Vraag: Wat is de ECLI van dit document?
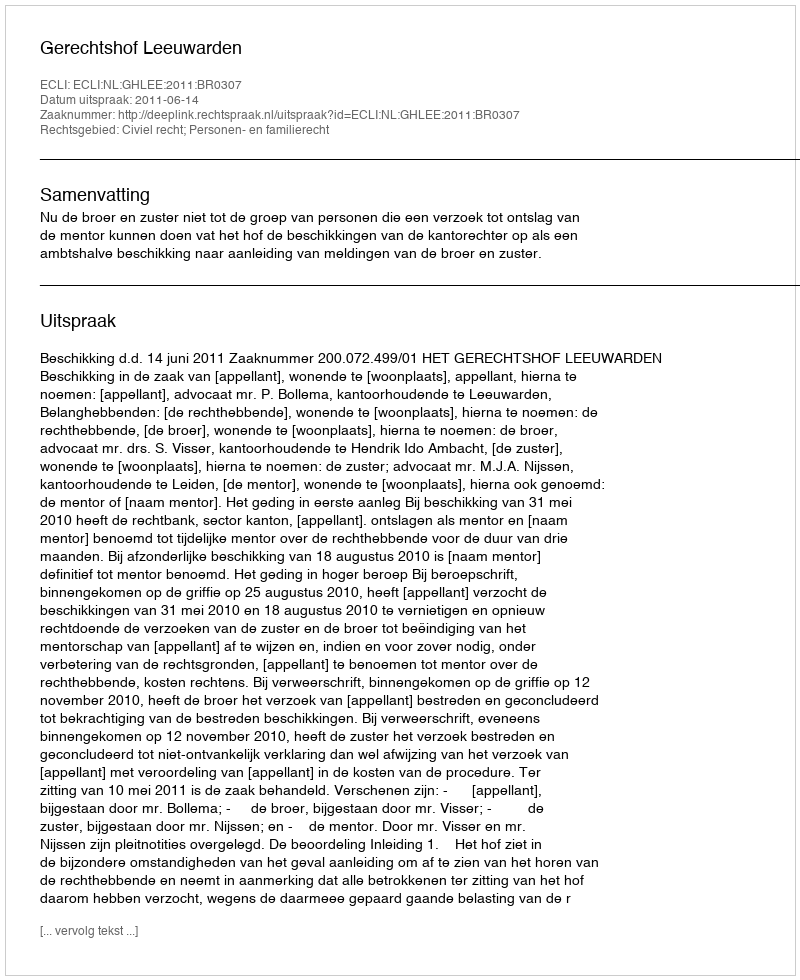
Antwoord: ECLI:NL:GHLEE:2011:BR0307